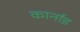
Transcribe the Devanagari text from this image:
कार्नाड